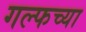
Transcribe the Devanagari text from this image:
गल्फच्या